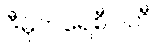
ဒီမိုကရေစီပါတီ